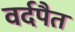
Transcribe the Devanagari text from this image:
वर्दपैत